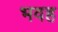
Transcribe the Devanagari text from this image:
भवह